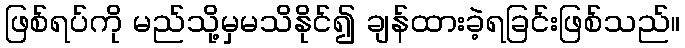
ဖြစ်ရပ်ကို မည်သို့မှမသိနိုင်၍ ချန်ထားခဲ့ရခြင်းဖြစ်သည်။